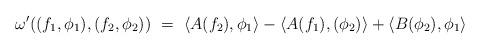
LaTeX: \begin{align*} \omega' ( ( f_1 , \phi_1 ) , (f_2 , \phi_2 ) ) \ = \ \langle A(f_2) , \phi_1 \rangle - \langle A(f_1) , (\phi_2) \rangle + \langle B(\phi_2) , \phi_1 \rangle \end{align*}